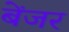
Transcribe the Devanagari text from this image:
बेंजर